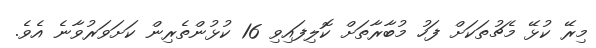
މިރޭ ކުޅޭ މެޗުތަކަށް ފަހު މުބާރާތަށް ކޮލިފައިވި 16 ކުޅުންތެރިން ކަށަވަރުވާނެ އެވެ.